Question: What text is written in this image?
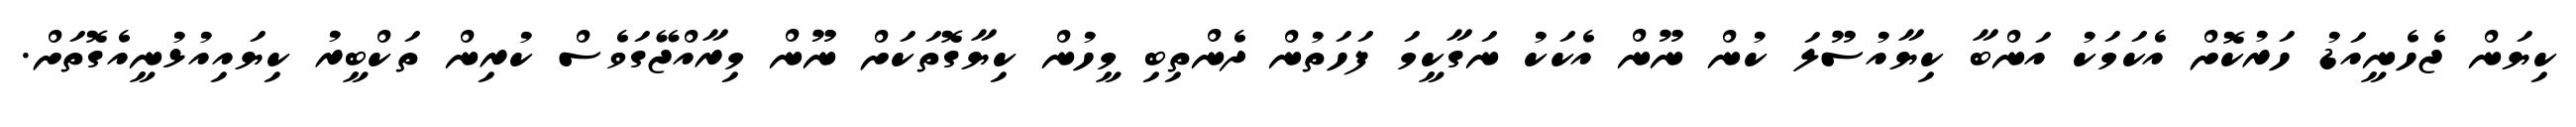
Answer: ކިޔަން ޖެހެނީއަޑު ހަރުކޮށް އެކަމަކު އަންބާ ކިޔާއުސޫލަ ކުން ނޫން އެކަކު ނަގާކީމަ ފަހަތުން ދެންތިބި މީހުން ކިޔާގޮތަކަށް ނޫން މިރާއްޖޭގަވެސް ކުރިން ތަކްބީރު ކިޔައިއުޅުނީއެގޮތަށް.